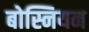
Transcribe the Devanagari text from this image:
बोस्नियन